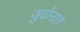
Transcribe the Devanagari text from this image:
जुळेनात